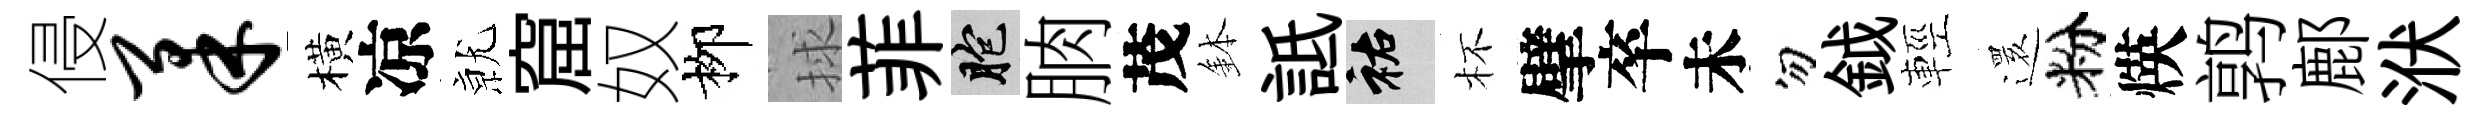
侵柔橫凉𭕒窟奴栁捄菲胞朒茂鉢詆祐杯擘卒未勿鉞輕𮟃粉煐鹑鄜洑